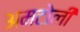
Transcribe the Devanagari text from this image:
अमटोली